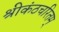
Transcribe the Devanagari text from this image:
श्रीकंठचरितम्